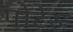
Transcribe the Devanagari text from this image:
पोटेरू